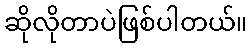
ဆိုလိုတာပဲဖြစ်ပါတယ်။